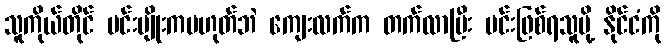
သူကိုယ်တိုင် မင်းမျိုးကမဟုတ်ဘဲ ကျေးလက်က တက်လာပြီး မင်းဖြစ်ရသူမို့ နိုင်ငံကို